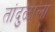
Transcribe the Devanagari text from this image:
तांदुळाला